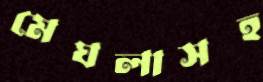
মেঘলাসহ